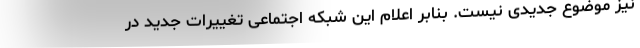
نیز موضوع جدیدی نیست. بنابر اعلام این شبکه اجتماعی تغییرات جدید در